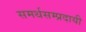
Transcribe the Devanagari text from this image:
समर्थसम्प्रदायी